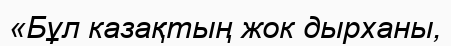
«Бұл казақтың жок дырханы,